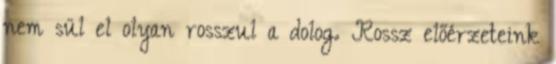
nem sül el olyan rosszul a dolog. Rossz előérzeteink